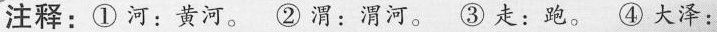
注释：①河：黄河。②渭：渭河。③走：跑。④大泽：